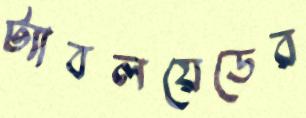
ট্যাবলয়েডের